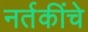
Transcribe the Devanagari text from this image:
नर्तकींचे